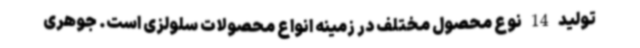
تولید 14 نوع محصول مختلف در زمینه انواع محصولات سلولزی است. جوهری